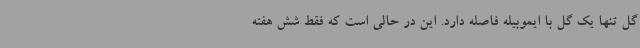
گل تنها یک گل با ایموبیله فاصله دارد. این در حالی است که فقط شش هفته